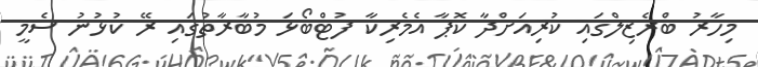
މިހާރު ބްރެޒިލްގައި ކުރިއަށްދާ ކޮޕާ އެމެރިކާ ފުޓްބޯޅަ މުބާރާތުގައި ރޭ ކުޅުނު ސެމީ